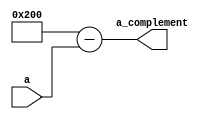
module complement_9bit(a, a_complement);

input [8:0] a;
output wire [9:0] a_complement;

assign a_complement = {1'b1, 9'b0} - {1'b0, a};

endmodule